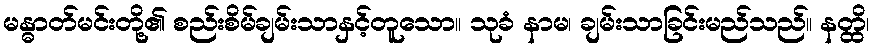
မန္ဓာတ်မင်းတို့၏ စည်းစိမ်ချမ်းသာနှင့်တူသော။ သုခံ နာမ၊ ချမ်းသာခြင်းမည်သည်။ နတ္ထိ၊